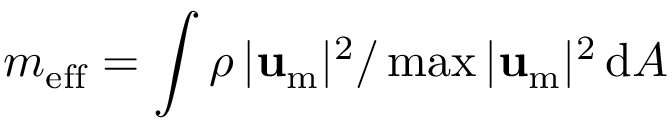
m _ { \mathrm { e f f } } = \int \rho \, | \mathbf { u } _ { \mathrm { m } } | ^ { 2 } / \operatorname* { m a x } | \mathbf { u } _ { \mathrm { m } } | ^ { 2 } \, \mathrm { d } A